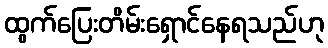
ထွက်ပြေးတိမ်းရှောင်နေရသည်ဟု